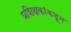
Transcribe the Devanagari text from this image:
प्रशिक्षकांकडून